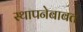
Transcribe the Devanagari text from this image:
स्थापनेबाबत